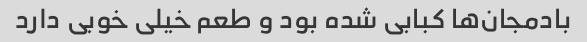
بادمجان‌ها کبابی شده بود و طعم خیلی خوبی دارد